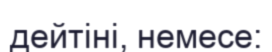
дейтіні, немесе: